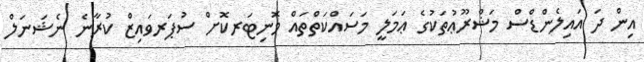
އިން ދަ އައިލެންޑްސް މަޝްރޫޢުތަކުގެ ޢަމަލީ މަސައްކަތްތައް މޮނިޓަރކޮށް ސުޕަރވައިޒް ކުރާނެ ނެޝަނަލް